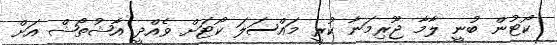
ކޯޓުން ބުނީ ލާމާ ޖޫރިމަނާ ކުރީ މައްސަލަ ކޯޓަށް ވެއްދީ އާޝުތޯޝް އަށް